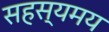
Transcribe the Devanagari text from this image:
सहस्यमय